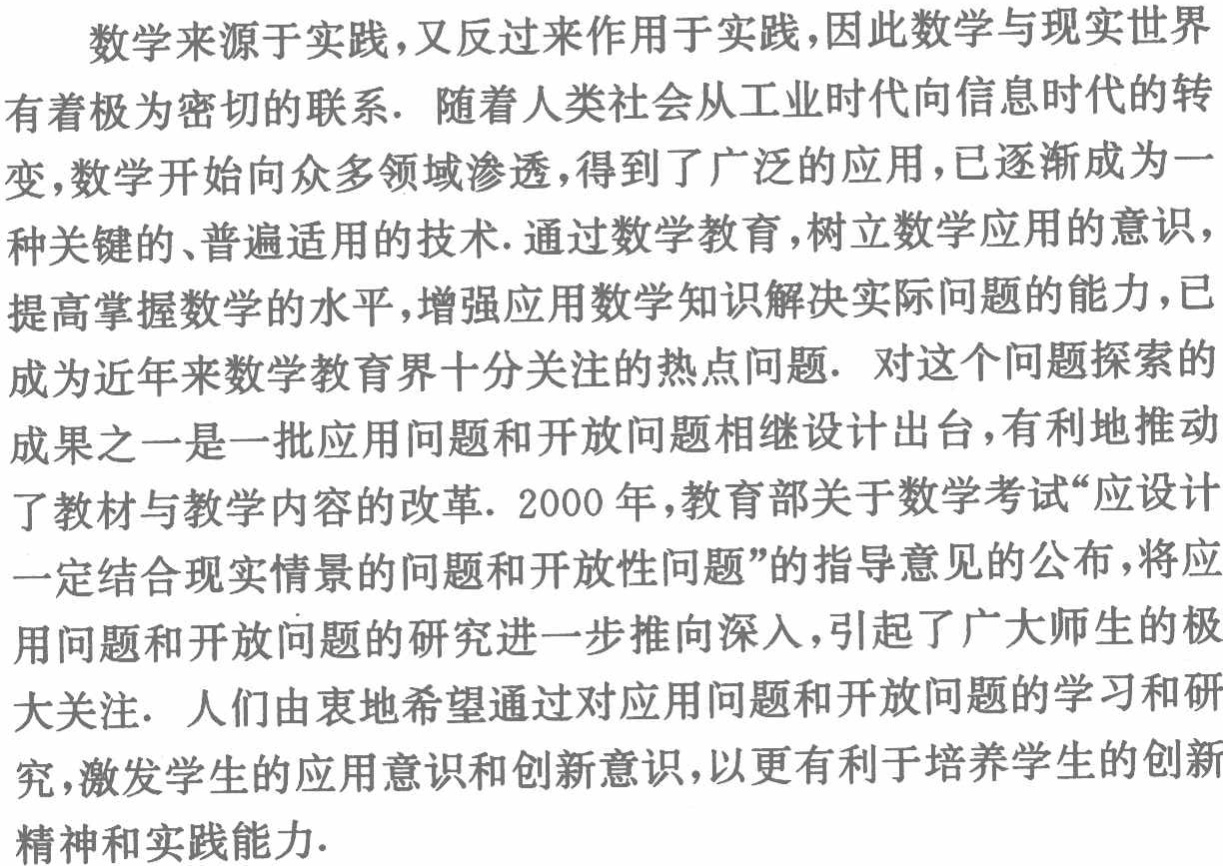
数学来源于实践，又反过来作用于实践，因此数学与现实世界有着极为密切的联系. 随着人类社会从工业时代向信息时代的转变，数学开始向众多领域渗透，得到了广泛的应用，已逐渐成为一种关键的、普遍适用的技术. 通过数学教育，树立数学应用的意识，提高掌握数学的水平，增强应用数学知识解决实际问题的能力，已成为近年来数学教育界十分关注的热点问题. 对这个问题探索的成果之一是一批应用问题和开放问题相继设计出台，有利地推动了教材与教学内容的改革. 2000年，教育部关于数学考试“应设计一定结合现实情景的问题和开放性问题”的指导意见的公布，将应用问题和开放问题的研究进一步推向深入，引起了广大师生的极大关注. 人们由衷地希望通过对应用问题和开放问题的学习和研究，激发学生的应用意识和创新意识，以更有利于培养学生的创新精神和实践能力.